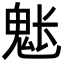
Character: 𩲒